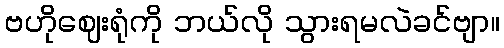
ဗဟိုဈေးရုံကို ဘယ်လို သွားရမလဲခင်ဗျာ။